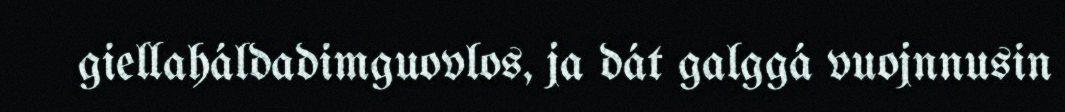
giellaháldadimguovlos, ja dát galggá vuojnnusin